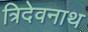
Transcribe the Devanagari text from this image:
त्रिदेवनाथ